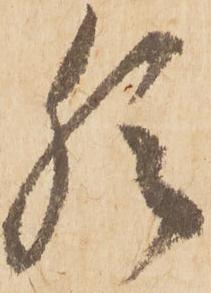
猶